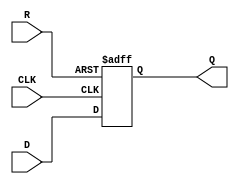
module neg_edge_d_ff(
    input D,
    input CLK,
    input R,
    output reg Q
);

always @(negedge CLK or posedge R)
begin
    if(R)
        Q <= 1'b0; // Predefined state on asynchronous reset
    else
        Q <= D; // Store the value of D on negative edge of CLK
end

endmodule